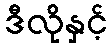
ဒီလိုနှင့်